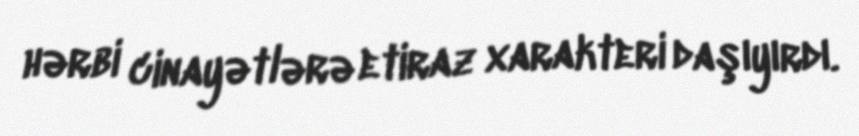
hərbi cinayətlərə etiraz xarakteri daşıyırdı.